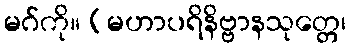
မဂ်ကို။ (မဟာပရိနိဗ္ဗာနသုတ္တေ၊